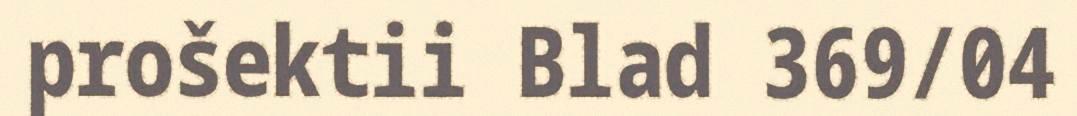
prošektii Blad 369/04